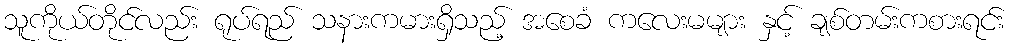
သူကိုယ်တိုင်လည်း ရုပ်ရည် သနားကမားရှိသည့် အစေခံ ကလေးမများ နှင့် ချစ်တမ်းကစားရင်း